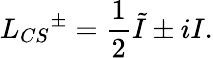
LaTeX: L_{CS}{^{\pm}}={\frac{1}{2}}\tilde{I}\pm iI.